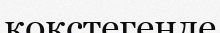
кокстегенде